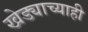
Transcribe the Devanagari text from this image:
खेड्याच्याही